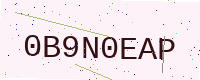
Text: 0B9N0EAP